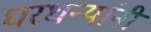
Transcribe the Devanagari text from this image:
घरधन्यांनी